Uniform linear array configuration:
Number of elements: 64
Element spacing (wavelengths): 0.25
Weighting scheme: binomial
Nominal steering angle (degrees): -45
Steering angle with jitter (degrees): -44.74
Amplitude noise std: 0.05
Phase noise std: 0.05

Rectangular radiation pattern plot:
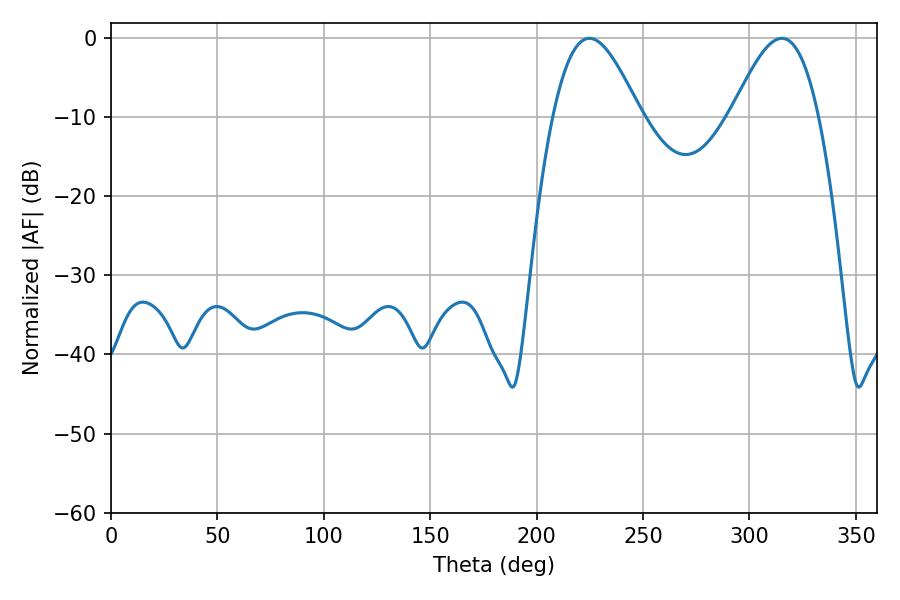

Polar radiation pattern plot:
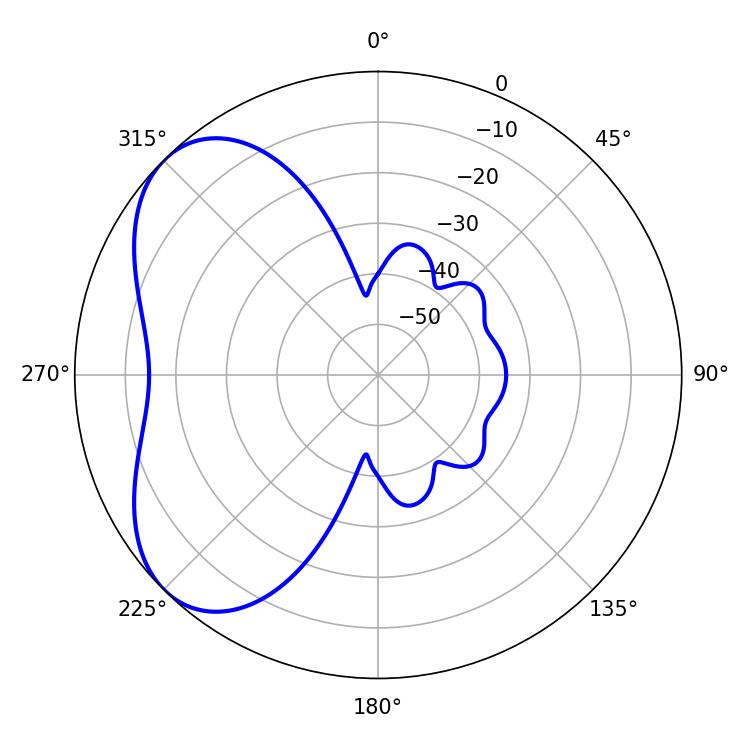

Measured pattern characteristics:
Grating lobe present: FALSE
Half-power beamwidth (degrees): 21.96
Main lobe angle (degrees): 224.82